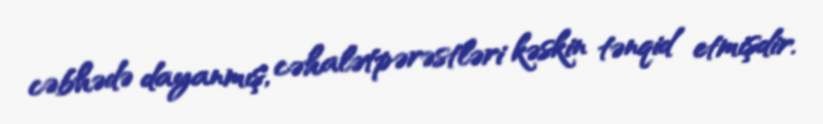
cəbhədə dayanmış, cəhalətpərəstləri kəskin tənqid etmişdir.